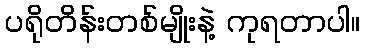
ပရိုတိန်းတစ်မျိုးနဲ့ ကုရတာပါ။